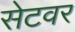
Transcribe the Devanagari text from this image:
सेटवर